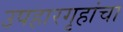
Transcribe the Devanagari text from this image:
उपहारगृहांचा